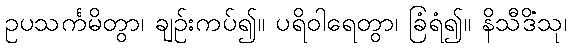
ဥပသင်္ကမိတွာ၊ ချဉ်းကပ်၍။ ပရိဝါရေတွာ၊ ခြံရံ၍။ နိသီဒိံသု၊